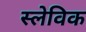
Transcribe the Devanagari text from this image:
स्लेविक